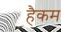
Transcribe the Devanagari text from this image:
हैकम